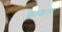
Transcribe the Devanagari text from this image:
झाडना